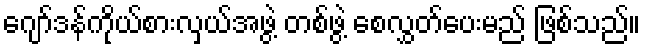
ဂျော်ဒန်ကိုယ်စားလှယ်အဖွဲ့ တစ်ဖွဲ့ စေလွှတ်ပေးမည် ဖြစ်သည်။